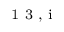
^ \textrm { \scriptsize 1 3 , i }